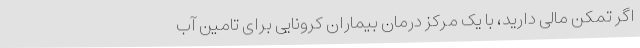
اگر تمکن مالی دارید، با یک مرکز درمان بیماران کرونایی برای تامین آب